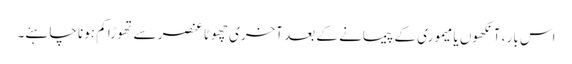
اس بار ، آنکھوں یا میموری کے پیمانے کے بعد آخری چھوٹا عنصر سے تھوڑا کم ہونا چاہئے۔